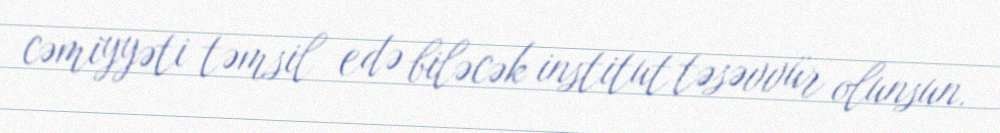
cəmiyyəti təmsil edə biləcək institut təsəvvür olunsun.